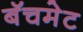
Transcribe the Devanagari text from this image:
बॅचमेट